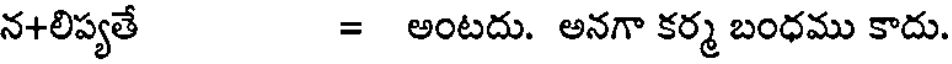
న+లిప్యతే = అంటదు. అనగా కర్మ బంధము కాదు.